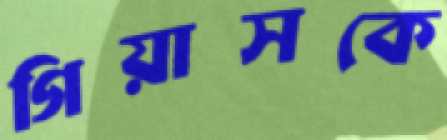
গিয়াসকে